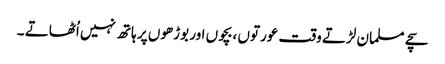
سچے مسلمان لڑتے وقت عورتوں ،بچوں اور بوڑھوں پر ہاتھ نہیں اُٹھاتے ۔